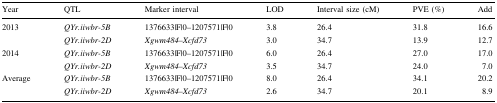
<table><thead><tr><td><b>Year</b></td><td><b>QTL</b></td><td><b>Marker interval</b></td><td><b>LOD</b></td><td><b>Interval size (cM)</b></td><td><b>PVE (%)</b></td><td><b>Add</b></td></tr></thead><tbody><tr><td rowspan="2">2013</td><td><i>QYr.iiwbr-5B</i></td><td>1376633|F|0–1207571|F|0</td><td>3.8</td><td>26.4</td><td>31.8</td><td>16.6</td></tr><tr><td><i>QYr.iiwbr-2D</i></td><td><i>Xgwm484</i>–<i>Xcfd73</i></td><td>3.0</td><td>34.7</td><td>13.9</td><td>12.7</td></tr><tr><td rowspan="2">2014</td><td><i>QYr.iiwbr-5B</i></td><td>1376633|F|0–1207571|F|0</td><td>6.0</td><td>26.4</td><td>27.0</td><td>17.0</td></tr><tr><td><i>QYr.iiwbr-2D</i></td><td><i>Xgwm484</i>–<i>Xcfd73</i></td><td>3.5</td><td>34.7</td><td>24.0</td><td>7.0</td></tr><tr><td rowspan="2">Average</td><td><i>QYr.iiwbr-5B</i></td><td>1376633|F|0–1207571|F|0</td><td>8.0</td><td>26.4</td><td>34.1</td><td>20.2</td></tr><tr><td><i>QYr.iiwbr-2D</i></td><td><i>Xgwm484</i>–<i>Xcfd73</i></td><td>2.6</td><td>34.7</td><td>20.1</td><td>8.9</td></tr></tbody></table>